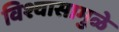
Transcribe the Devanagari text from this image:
विश्वासामुळे